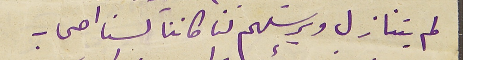
لم يتنازل ويرسَلهم لنا كاننا لسنا اصحاب